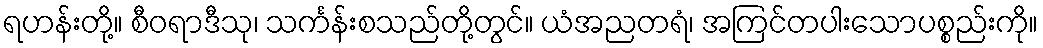
ရဟန်းတို့။ စီဝရာဒီသု၊ သင်္ကန်းစသည်တို့တွင်။ ယံအညတရံ၊ အကြင်တပါးသောပစ္စည်းကို။